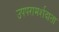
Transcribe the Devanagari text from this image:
उपपरामर्शदाता